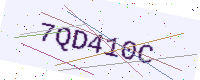
Text: 7QD410C